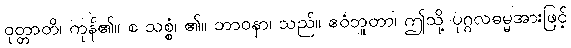
ဝုတ္တာတိ၊ ကုန်၏။ စ သစ္စံ၊ ၏။ ဘာဝနာ၊ သည်။ ဧဝံဘူတာ၊ ဤသို့ ပုဂ္ဂလဓမ္မအားဖြင့်